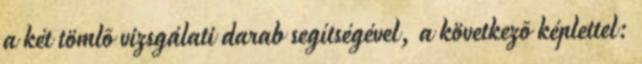
a két tömlõ vizsgálati darab segítségével, a következõ képlettel: